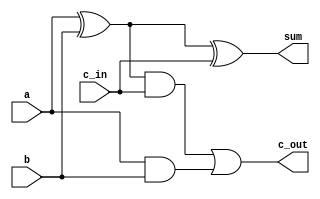
`timescale 1ns / 1ps
//////////////////////////////////////////////////////////////////////////////////
// Company: 
// Engineer: 
// 
// Design Name: 
// Module Name: Full_Adder_1
// Project Name: 
// Target Devices: 
// Tool Versions: 
// Description: 
// 
// Dependencies: 
// 
// Revision:
// Revision 0.01 - File Created
// Additional Comments:
// 
//////////////////////////////////////////////////////////////////////////////////


module Full_Adder_1(
    input wire a,
    input wire b,
    input wire c_in,
    output wire c_out,
    output wire sum
);
    assign sum = a ^ b ^ c_in;
    assign c_out = ((a ^ b) & c_in) | (a & b);
endmodule